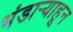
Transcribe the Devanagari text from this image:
भंडार्‍याहून